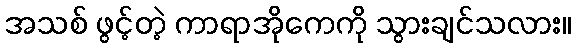
အသစ် ဖွင့်တဲ့ ကာရာအိုကေကို သွားချင်သလား။